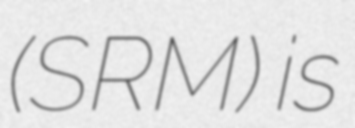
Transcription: (SRM) is